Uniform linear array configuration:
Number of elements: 16
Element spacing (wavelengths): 1
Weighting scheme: uniform
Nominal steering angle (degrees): -15
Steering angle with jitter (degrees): -16.283
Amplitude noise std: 0.05
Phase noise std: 0.05

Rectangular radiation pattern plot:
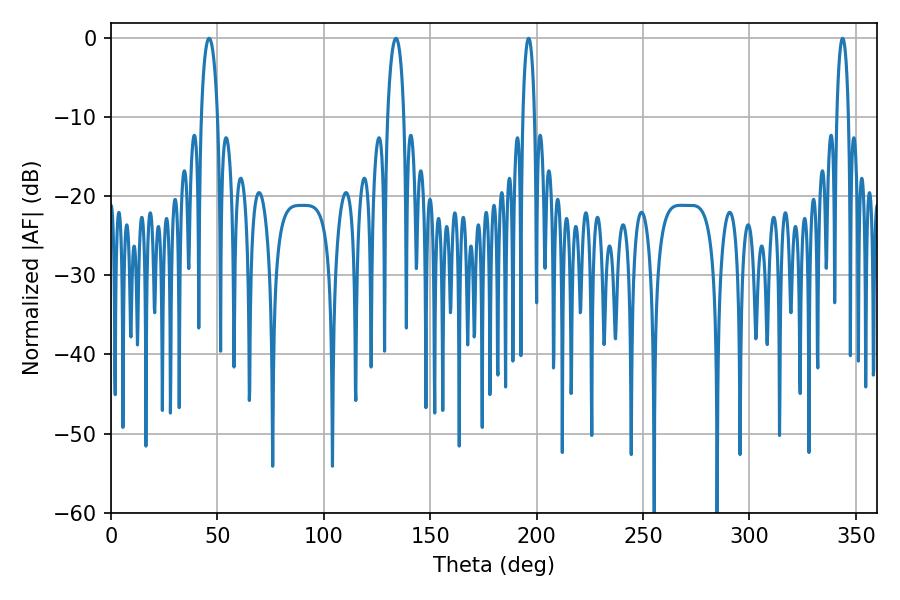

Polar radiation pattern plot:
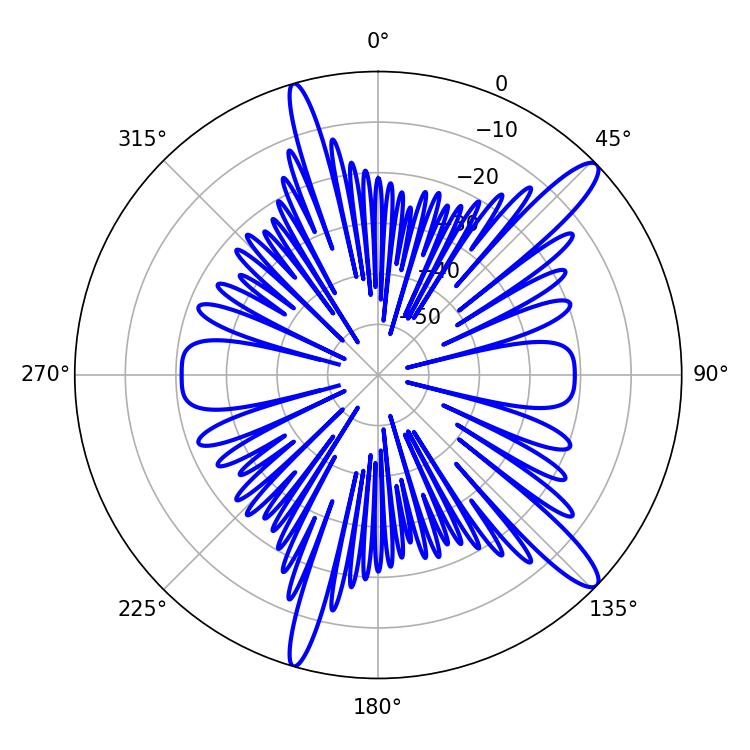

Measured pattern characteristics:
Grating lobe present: TRUE
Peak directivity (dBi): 13.419
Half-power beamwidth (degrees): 4.32
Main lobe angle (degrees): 46.08